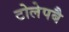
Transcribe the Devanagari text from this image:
टोलेपबै